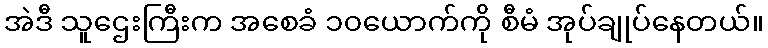
အဲဒီ သူဌေးကြီးက အစေခံ ၁၀ယောက်ကို စီမံ အုပ်ချုပ်နေတယ်။